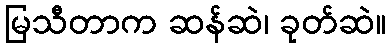
မြသီတာက ဆန်ဆဲ၊ ခုတ်ဆဲ။